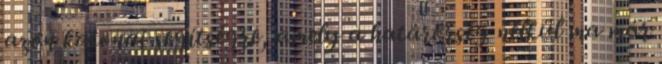
azon katonai segítségre, amely a határőrség nélkül ma már